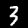
Label: 3